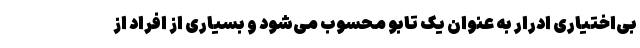
بی‌اختیاری ادرار به عنوان یک تابو محسوب می‌شود و بسیاری از افراد از